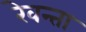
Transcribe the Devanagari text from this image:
रेवन्ता